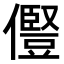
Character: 𠐊